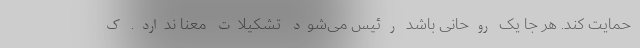
حمایت کند. هر جا یک روحانی باشد رئیس می‌شود تشکیلات معنا ندارد. ک